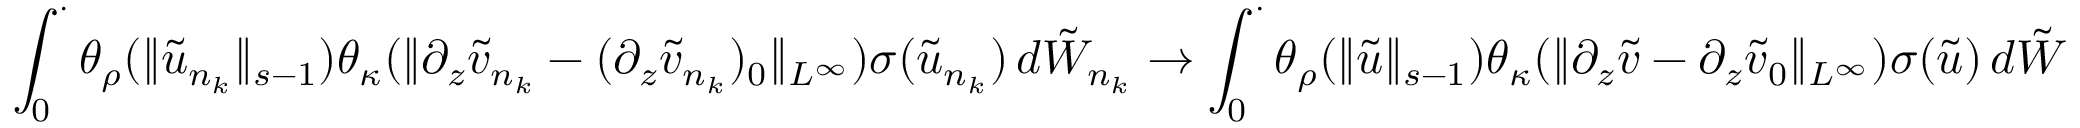
\int _ { 0 } ^ { \cdot } \theta _ { \rho } ( \| \tilde { u } _ { n _ { k } } \| _ { s - 1 } ) \theta _ { \kappa } ( \| \partial _ { z } \tilde { v } _ { n _ { k } } - ( \partial _ { z } \tilde { v } _ { n _ { k } } ) _ { 0 } \| _ { L ^ { \infty } } ) \sigma ( \tilde { u } _ { n _ { k } } ) \, d \tilde { W } _ { n _ { k } } \to \int _ { 0 } ^ { \cdot } \theta _ { \rho } ( \| \tilde { u } \| _ { s - 1 } ) \theta _ { \kappa } ( \| \partial _ { z } \tilde { v } - \partial _ { z } \tilde { v } _ { 0 } \| _ { L ^ { \infty } } ) \sigma ( \tilde { u } ) \, d \tilde { W }